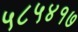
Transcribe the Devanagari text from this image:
५८५४१७